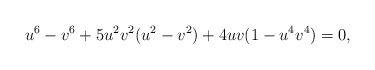
LaTeX: \begin{align*}u^6-v^6+5u^2v^2(u^2-v^2)+4uv(1-u^4v^4)=0,\end{align*}